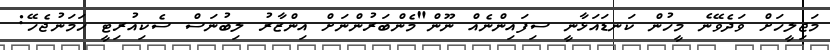
މަޖިލީހަށް ވަދެވޭނެ މީހުން ކަނޑައަޅާނީ ސިފައިންނެއް ނޫން"މެންބަރުންނަށް އިންޒާރު ލިބުނަސް ސެކިއުރިޓީ ހަމަނުޖެހޭ: